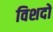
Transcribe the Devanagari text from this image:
विशदों